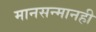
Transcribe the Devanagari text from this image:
मानसन्मानही